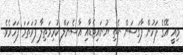
މިއީ އޭގެ ފަހުން ފާގަސަން ނެތި ޔުނައިޓެޑާއި އާސެނަލް ކުރިމަތިލާ ފުރަތަމަ ފަހަރެވެ.